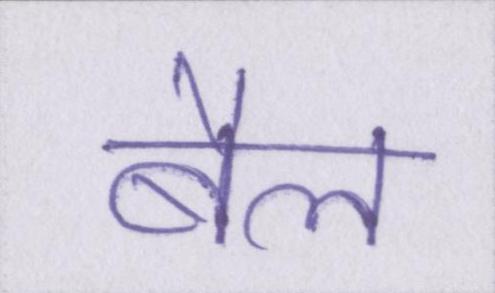
बैल